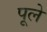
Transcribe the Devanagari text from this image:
पूले